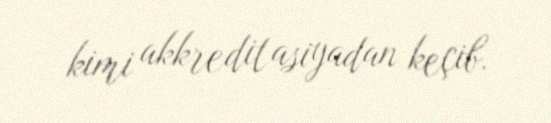
kimi akkreditasiyadan keçib.